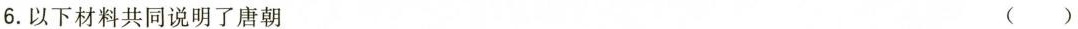
6.以下材料共同说明了唐朝 ()